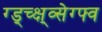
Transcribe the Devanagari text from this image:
ग्ड्च्क्ष्व्सेग्फ्व